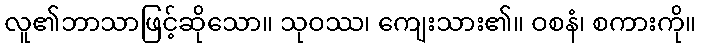
လူ၏ဘာသာဖြင့်ဆိုသော။ သုဝဿ၊ ကျေးသား၏။ ဝစနံ၊ စကားကို။